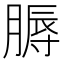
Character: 𦞹